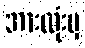
အားလုံးမှ